Indian journal of veterinary science and animal husbandry - Volumes 15-17, 1948-1951
Year: 1948
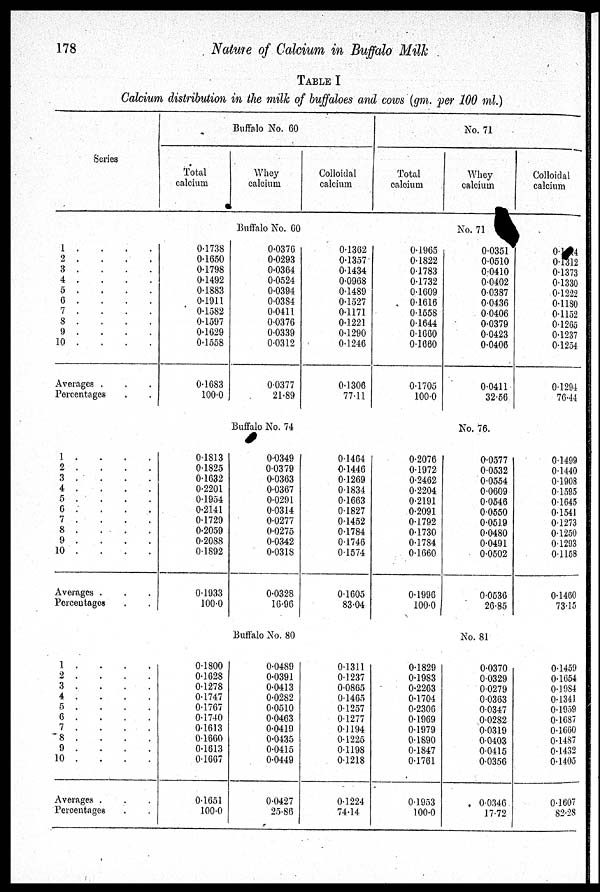
178
Nature of Calcium in Buffalo Milk
TABLE I
Calcium distribution in the milk of buffaloes and cows (gm. per 100 ml.)
Series
1 . . . .
2
.
.
.
.
3 . . . .
4 . . . .
5 . . . .
6 . . . .
7 . . . .
8 . . . .
9
.
.
.
.
10 . . . .
Averages . . .
Percentages . .
1 . . . .
2 . . . .
3 . . . .
4 . . . .
5 . . . .
6 . . . .
7 . . . .
8 . . . .
9 . . . .
10 . . . .
Averages . . .
Percentages . .
1 . . . .
2 . . . .
3
.
.
.
.
4 . . . .
5 . . . .
6 . . . .
7 . . . .
8 . . . .
9 . . . .
10 . . . .
Averages . . .
Percentages . .
Buffalo No. 60
Total
calcium
Whey
calcium
Colloidal
calcium
Buffalo No. 60
0.1738
0.1650
0.1798
0.1492
0.1883
0.1911
0.1582
0.1597
0.1629
0.1558
0.1683
100.0
0.0376
0.0293
0.0364
0.0524
0.0394
0.0384
0.0411
0.0376
0.0339
0.0312
0.0377
21.89
0.1362
0.1357
0.1434
0.0968
0.1489
0.1527
0.1171
0.1221
0.1290
0.1246
0.1306
77.11
Buffalo No. 74
0.1813
0.1825
0.1632
0.2201
0.1954
0.2141
0.1729
0.2059
0.2088
0.1892
0.1933
100.0
0.0349
0.0379
0.0363
0.0367
0.0291
0.0314
0.0277
0.0275
0.0342
0.0318
0.0328
16.96
0.1464
0.1446
0.1269
0.1834
0.1663
0.1827
0.1452
0.1784
0.1746
0.1574
0.1605
83.04
Buffalo No. 80
0.1800
0.1628
0.1278
0.1747
0.1767
0.1740
0.1613
0.1660
0.1613
0.1667
0.1651
100.0
0.0489
0.0391
0.0413
0.0282
0.0510
0.0463
0.0419
0.0435
0.0415
0.0449
0.0427
25.86
0.1311
0.1237
0.0865
0.1465
0.1257
0.1277
0.1194
0.1225
0.1198
0.1218
0.1224
74.14
No. 71
Total
calcium
Whey
calcium
Colloidal
calcium
No. 71
0.1965
0.1822
0.1783
0.1732
0.1609
0.1616
0.1558
0.1644
0.1660
0.1660
0.1705
100.0
0.0351
0.0510
0.0410
0.0402
0.0387
0.0436
0.0406
0.0379
0.0423
0.0406
0.0411
32.56
0. 4
0.1312
0.1373
0.1330
0.1222
0.1180
0.1152
0.1265
0.1237
0.1254
0.1294
76.44
No. 76.
0.2076
0.1972
0.2462
0.2204
0.2191
0.2091
0.1792
0.1730
0.1784
0.1660
0.1996
100.0
0.0577
00532
0.0554
0.0609
0.0546
0.0550
0.0519
0.0480
0.0491
0.0502
0.0536
26.85
0.1499
0.1440
0.1908
0.1595
0.1645
0.1541
0.1273
0.1250
0.1293
0.1158
0.1460
73.15
No. 81
0.1829
0.1983
0.2263
0.1704
0.2306
0.1969
0.1979
0.1890
0.1847
0.1761
0.1953
100.0
0.0370
0.0329
0.0279
0.0363
0.0347
0.0282
0.0319
0.0403
0.0415
0.0356
0.0346
17.72
0.1459
0.1654
0.1984
0.1341
0.1959
0.1687
0.1660
0.1487
0.1432
0.1405
0.1607
82.28